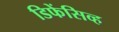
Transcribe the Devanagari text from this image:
डिफेंसिव्ह